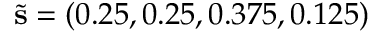
\tilde { \mathbf { s } } = ( 0 . 2 5 , 0 . 2 5 , 0 . 3 7 5 , 0 . 1 2 5 )